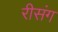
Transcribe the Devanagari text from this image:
रीसंग